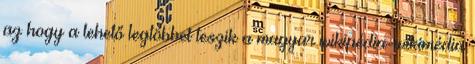
az hogy a lehető legtöbbet teszik a magyar wikipédia-wikimédia